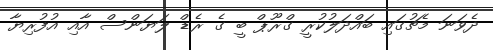
ދެވަނަ މެޗުގައި ބައްދަލުކުރީ ގްރޫޕް ބީ ގެ ރެޑް ލަޔަންސް އާއި އުފުރިޔާ